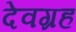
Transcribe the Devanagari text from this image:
देवग्रह